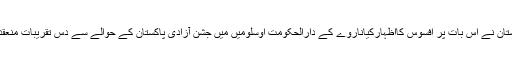
سفیر پاکستان نے اس بات پر افسوس کااظہارکیاناروے کے دارالحکومت اوسلومیں میں جشن آزادی پاکستان کے حوالے سے دس تقریبات منعقدہوتی ہیں۔